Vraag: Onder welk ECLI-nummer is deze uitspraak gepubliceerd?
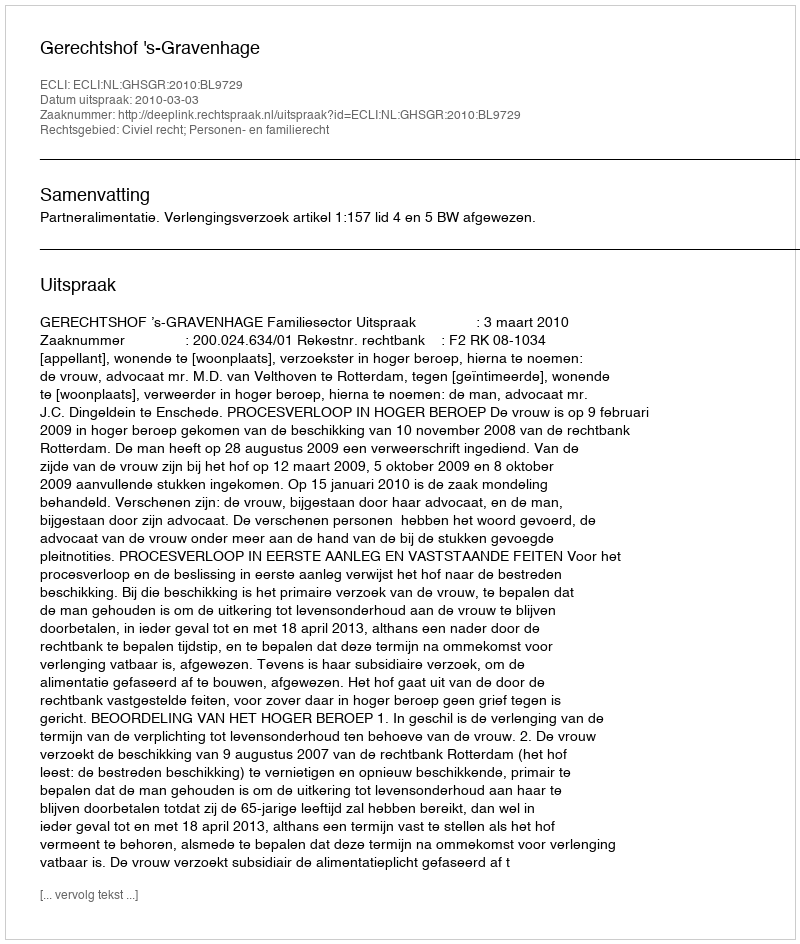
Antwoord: ECLI:NL:GHSGR:2010:BL9729